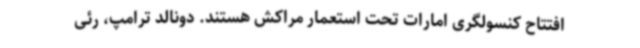
افتتاح کنسولگری امارات تحت استعمار مراکش هستند. دونالد ترامپ، رئی